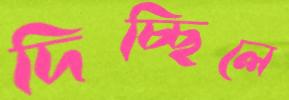
দিচ্ছিলে